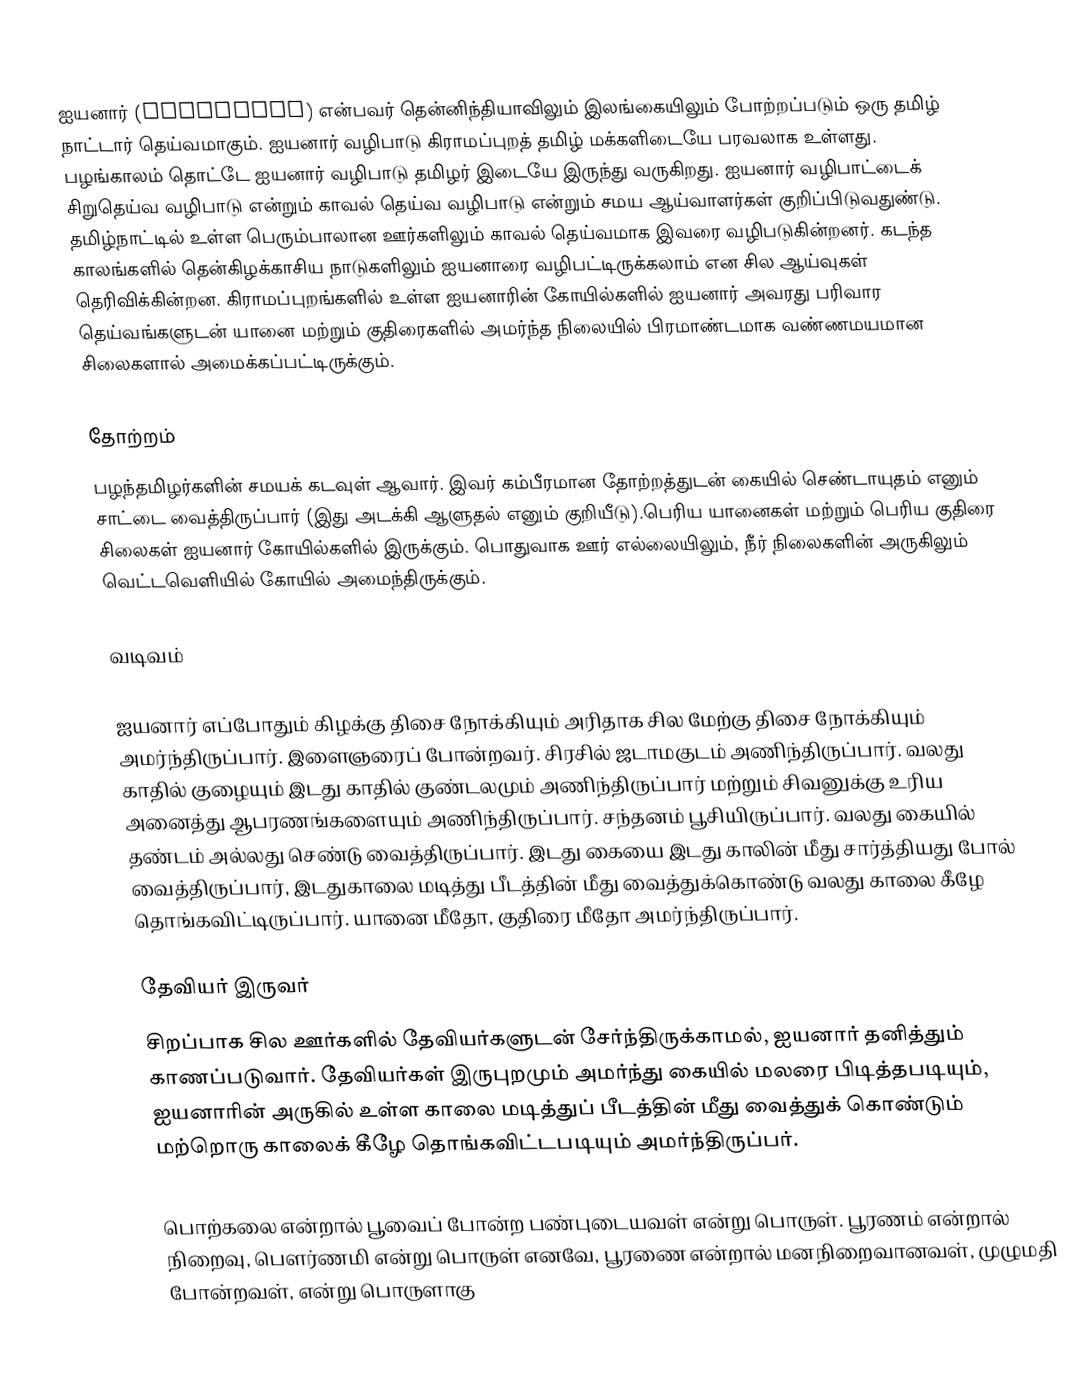
ஐயனார் (Ayyaṉānar) என்பவர் தென்னிந்தியாவிலும் இலங்கையிலும் போற்றப்படும் ஒரு தமிழ் நாட்டார் தெய்வமாகும். ஐயனார் வழிபாடு கிராமப்புறத் தமிழ் மக்களிடையே பரவலாக உள்ளது. பழங்காலம் தொட்டே ஐயனார் வழிபாடு தமிழர் இடையே இருந்து வருகிறது. ஐயனார் வழிபாட்டைக் சிறுதெய்வ வழிபாடு என்றும் காவல் தெய்வ வழிபாடு என்றும் சமய ஆய்வாளர்கள் குறிப்பிடுவதுண்டு. தமிழ்நாட்டில் உள்ள  பெரும்பாலான ஊர்களிலும் காவல் தெய்வமாக இவரை வழிபடுகின்றனர். கடந்த காலங்களில் தென்கிழக்காசிய நாடுகளிலும் ஐயனாரை வழிபட்டிருக்கலாம் என சில ஆய்வுகள் தெரிவிக்கின்றன. கிராமப்புறங்களில் உள்ள ஐயனாரின் கோயில்களில் ஐயனார் அவரது பரிவார தெய்வங்களுடன் யானை மற்றும் குதிரைகளில் அமர்ந்த நிலையில் பிரமாண்டமாக  வண்ணமயமான சிலைகளால் அமைக்கப்பட்டிருக்கும்.

தோற்றம்
பழந்தமிழர்களின் சமயக் கடவுள் ஆவார். இவர் கம்பீரமான தோற்றத்துடன் கையில் செண்டாயுதம் எனும் சாட்டை  வைத்திருப்பார் (இது அடக்கி ஆளுதல் எனும் குறியீடு).பெரிய யானைகள் மற்றும் பெரிய குதிரை சிலைகள் ஐயனார் கோயில்களில் இருக்கும். பொதுவாக ஊர் எல்லையிலும், நீர் நிலைகளின் அருகிலும் வெட்டவெளியில் கோயில் அமைந்திருக்கும்.

வடிவம்

ஐயனார் எப்போதும் கிழக்கு  திசை நோக்கியும் அரிதாக சில மேற்கு திசை நோக்கியும் அமர்ந்திருப்பார். இளைஞரைப் போன்றவர். சிரசில் ஜடாமகுடம் அணிந்திருப்பார். வலது காதில் குழையும் இடது காதில் குண்டலமும்  அணிந்திருப்பார் மற்றும் சிவனுக்கு உரிய அனைத்து ஆபரணங்களையும் அணிந்திருப்பார். சந்தனம் பூசியிருப்பார். வலது கையில் தண்டம் அல்லது செண்டு வைத்திருப்பார். இடது கையை இடது காலின் மீது சார்த்தியது போல் வைத்திருப்பார், இடதுகாலை மடித்து பீடத்தின் மீது வைத்துக்கொண்டு வலது காலை கீழே தொங்கவிட்டிருப்பார். யானை மீதோ, குதிரை மீதோ அமர்ந்திருப்பார்.

தேவியர் இருவர்
சிறப்பாக சில ஊர்களில் தேவியர்களுடன் சேர்ந்திருக்காமல், ஐயனார் தனித்தும் காணப்படுவார். தேவியர்கள் இருபுறமும் அமர்ந்து கையில் மலரை  பிடித்தபடியும், ஐயனாரின் அருகில் உள்ள காலை மடித்துப் பீடத்தின் மீது வைத்துக் கொண்டும் மற்றொரு காலைக் கீழே தொங்கவிட்டபடியும்  அமர்ந்திருப்பர்.

பொற்கலை என்றால் பூவைப் போன்ற பண்புடையவள் என்று பொருள். பூரணம் என்றால் நிறைவு, பௌர்ணமி என்று பொருள் எனவே, பூரணை என்றால் மனநிறைவானவள், முழுமதி போன்றவள், என்று பொருளாகு